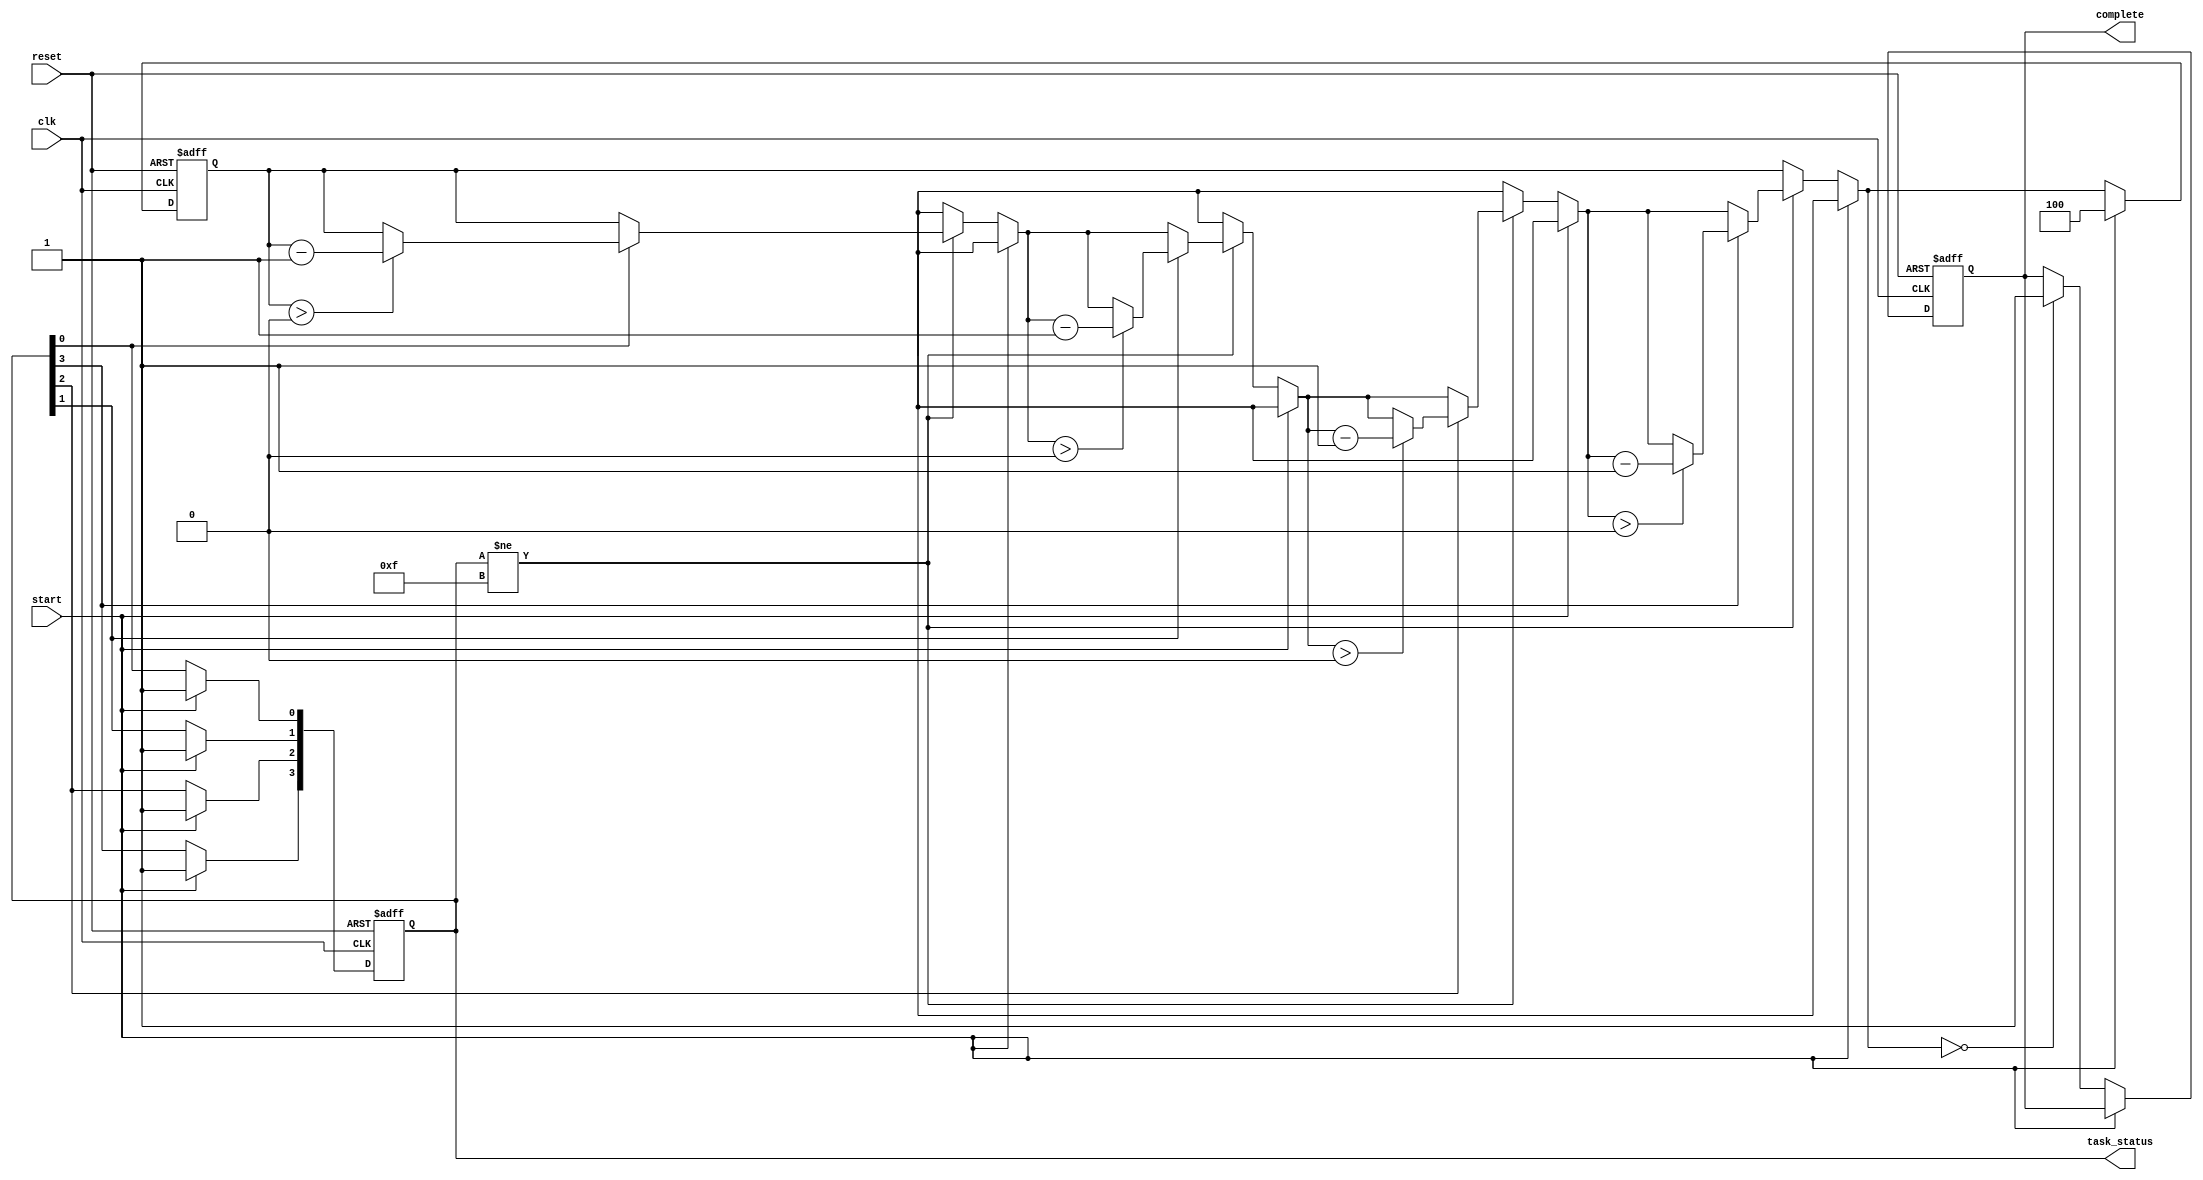
module ForkJoinAll #(
    parameter NUM_TASKS = 4  // Number of parallel tasks to spawn
) (
    input wire clk,             // System clock
    input wire reset,           // Reset signal
    input wire start,           // Trigger signal to initiate Fork operation
    output reg complete,        // Output signal to indicate completion of all tasks
    output reg [NUM_TASKS-1:0] task_status  // Status signals for each task
);

    reg [2:0] active_tasks;     // Counter for active tasks (3 bits can count up to 8)
    
    // State variables
    always @(posedge clk or posedge reset) begin
        if (reset) begin
            complete <= 0;
            active_tasks <= 0;
            task_status <= 0;
        end else begin
            if (start) begin
                // Fork phase: Initialize tasks
                active_tasks <= NUM_TASKS;
                task_status <= {NUM_TASKS{1'b0}}; // Reset task status
                // Spawn tasks
                spawn_tasks();
            end else begin
                // Join phase: Check for task completions
                if (task_status != {NUM_TASKS{1'b1}}) begin
                    // Assuming each task updates its own bit in task_status when done
                    // Here you would normally have task completion logic
                    // For simulation purposes, we will mock task completion
                    // If a task is active and finishes, we simulate it
                    check_task_completion();
                end

                // Check if all tasks have completed
                if (active_tasks == 0) begin
                    complete <= 1; // Assert completion signal
                end
            end
        end
    end

    // Mocking task handle (this function is to be replaced or linked to real task handling)
    task spawn_tasks();
        integer i;
        for (i = 0; i < NUM_TASKS; i = i + 1) begin
            // Simulate spawning tasks and setting their status
            // In real application, task completion would be asynchronous
            #10; // Simulate some delay for the task
            task_status[i] = 1; // Mark task as completed
        end
    endtask

    // Function to check for task completions and decrement active_tasks
    task check_task_completion();
        integer i;
        for (i = 0; i < NUM_TASKS; i = i + 1) begin
            if (task_status[i] == 1) begin
                if (active_tasks > 0) begin
                    active_tasks = active_tasks - 1; // Decrement count of active tasks
                end
            end
        end
    endtask

endmodule